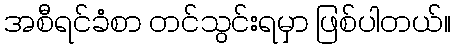
အစီရင်ခံစာ တင်သွင်းရမှာ ဖြစ်ပါတယ်။